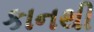
કાનથી